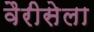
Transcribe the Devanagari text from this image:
वैरीसेला